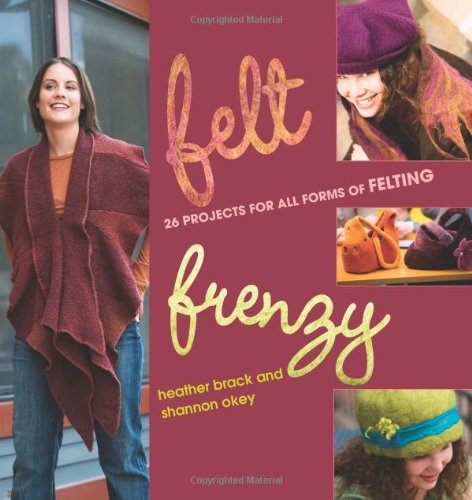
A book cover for Felt Frenzy: 26 Projects for All Forms of Felting; Heather Brack; Crafts, Hobbies & Home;